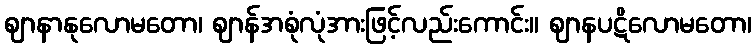
ဈာနာနုလောမတော၊ ဈာန်အစုံလုံအားဖြင့်လည်းကောင်း။ ဈာနပဋိလောမတော၊